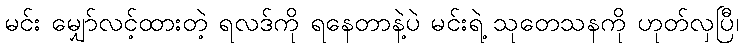
မင်း မျှော်လင့်ထားတဲ့ ရလဒ်ကို ရနေတာနဲ့ပဲ မင်းရဲ့ သုတေသနကို ဟုတ်လှပြီ၊